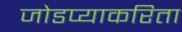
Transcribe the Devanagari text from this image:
जोडप्याकरिता